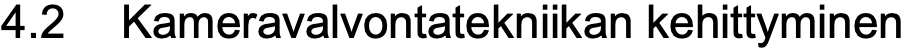
4.2 Kameravalvontatekniikan kehittyminen